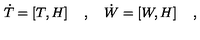
{ \dot { T } } = \left[ T , H \right] \quad , \quad { \dot { W } } = \left[ W , H \right] \quad ,